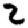
Digit: 2